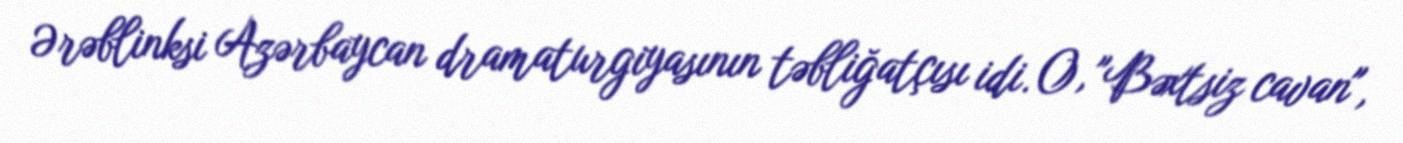
Ərəblinksi Azərbaycan dramaturgiyasının təbliğatçısı idi. O, "Bəxtsiz cavan",